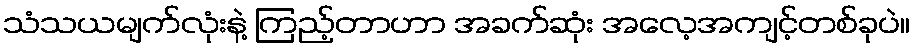
သံသယမျက်လုံးနဲ့ ကြည့်တာဟာ အခက်ဆုံး အလေ့အကျင့်တစ်ခုပဲ။